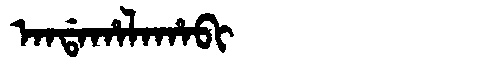
Manchu: ᠠᠨᡩᠠᡥᠠᠯᠠᡥᠠᠪᡳ
Romanization: ANDAHALAHABI